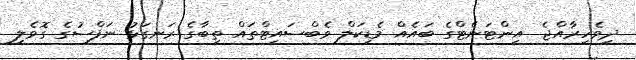
ދިވެހިރާއްޖެ  އިންޓަނެޓްގެ ބައެއް މެޑިކަލް ވެބްސައިޓްތައް ތިބާގެ ރަނގަޅު ނަފްސުގެ ގޮވެލި